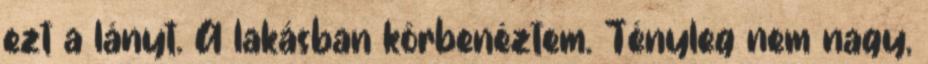
ezt a lányt. A lakásban körbenéztem. Tényleg nem nagy,